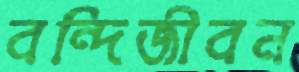
বন্দিজীবন